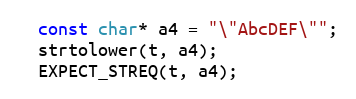
Language: C++
  const char* a4 = "\"AbcDEF\"";
  strtolower(t, a4);
  EXPECT_STREQ(t, a4);